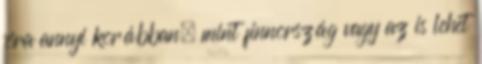
óra annyi korábban, mint finnország vagy az is lehet